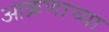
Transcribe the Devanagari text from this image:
आक्रणाच्या